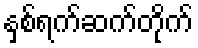
နှစ်ရက်ဆက်တိုက်